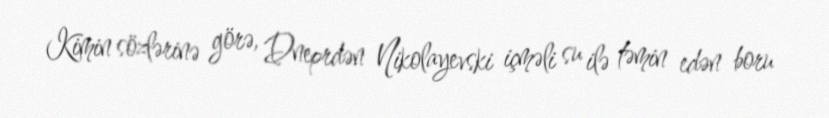
Kimin sözlərinə görə, Dneprdən Nikolayevski içməli su ilə təmin edən boru